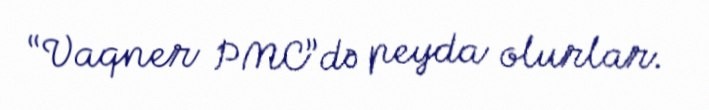
“Vaqner PMC”də peyda olurlar.